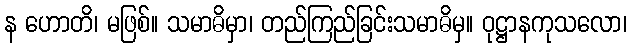
န ဟောတိ၊ မဖြစ်။ သမာဓိမှာ၊ တည်ကြည်ခြင်းသမာဓိမှ။ ဝုဋ္ဌာနကုသလော၊